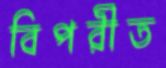
বিপরীত